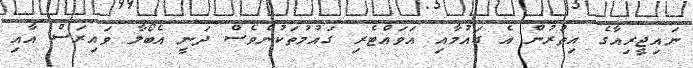
ނައިޖީރިއާގެ އިތުރުން އެ ގައުމާއި އަވައްޓެރި ގައުމުތަކުންވެސް ދަނީ އެބޯލާ ވައިރަސް އާއި